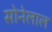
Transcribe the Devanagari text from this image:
सोनेलाल